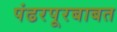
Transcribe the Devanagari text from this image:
पंढरपूरबाबत